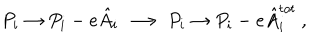
P _ { i } \to P _ { i } - e \hat { A } _ { i } \ \ { \bf { \longrightarrow } } \ \ P _ { i } \to P _ { i } - e \hat { A } _ { i } ^ { t o t } \ ,